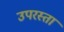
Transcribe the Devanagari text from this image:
उपरस्ता